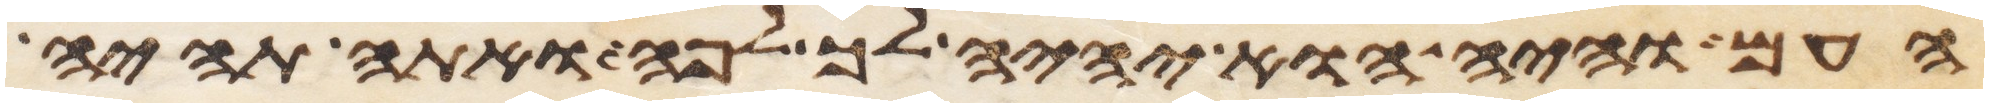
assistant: העם והיה הוא יהיה לך לפה ואתה תהיה